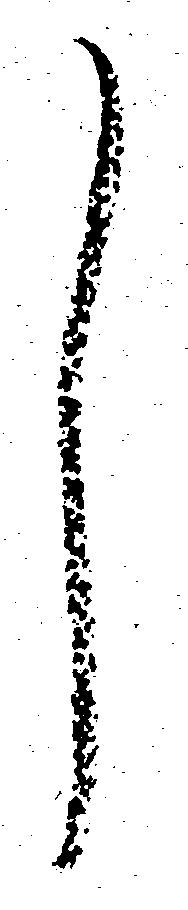
し